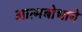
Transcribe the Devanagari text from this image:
आत्मबोधाने